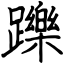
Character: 躒